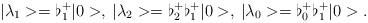
LaTeX: \begin{align*}\vert \lambda_1 >= \flat_1^+ \vert 0 >, \>\vert \lambda_2 >= \flat_2^+ \flat_1^+\vert 0 >, \>\vert \lambda_0 >= \flat_0^+ \flat_1^+\vert 0 >.\end{align*}